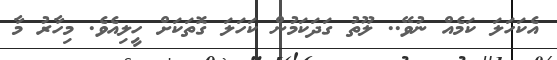
އެކަހަލަ ކަމެއް ނުވޭ.. ލޫތު ގަދަކަމުން ކަހަލަ ގޮތަކަށް ހީލިއެވެ. މިހާރު މާ